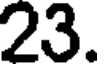
23.